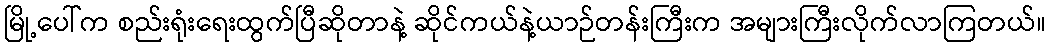
မြို့ပေါ်က စည်းရုံးရေးထွက်ပြီဆိုတာနဲ့ ဆိုင်ကယ်နဲ့ယာဉ်တန်းကြီးက အများကြီးလိုက်လာကြတယ်။